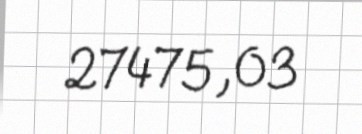
27475,03